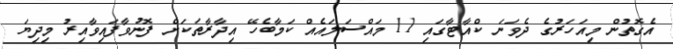
އެގޮތުން މިއަހަރުގެ ދެވަނަ ކްއާޓާގައި 11 މައްސަލައެއް ކަމާބެހޭ އިދާރާތަކަށް ފޮނުވާފައިވާއިރު މިދިޔަ